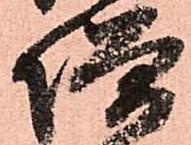
増